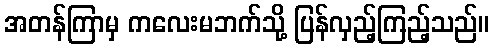
အတန်ကြာမှ ကလေးမဘက်သို့ ပြန်လှည့်ကြည့်သည်။